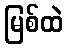
မြစ်ထဲ